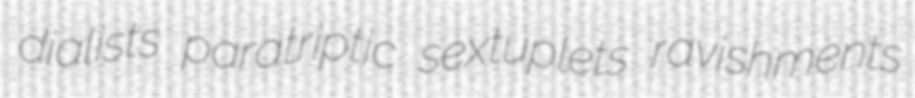
dialists paratriptic sextuplets ravishments